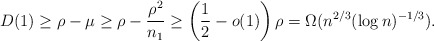
\begin{align*} D(1) \ge \rho - \mu \ge \rho - \frac{\rho^2}{n_1} \ge \left(\frac{1}{2} - o(1)\right)\rho = \Omega(n^{2/3}(\log n)^{-1/3}). \end{align*}